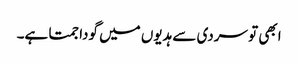
ابھی تو سردی سے ہدیوں میں گودا جمتا ہے۔